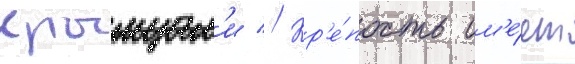
крымцам'и // Кр'е́пость им'е́ет